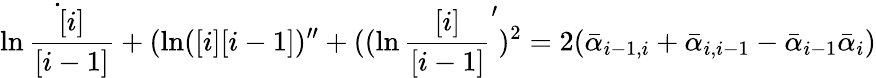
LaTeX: \dot{\ln{\frac{[i]}{[i-1]}}}+(\ln([i][i-1])^{\prime\prime}+((\ln{\frac{[i]}{[i-1]}}^{\prime})^{2}=2(\bar{\alpha}_{i-1,i}+\bar{\alpha}_{i,i-1}-\bar{\alpha}_{i-1}\bar{\alpha}_{i})